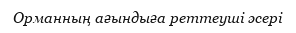
Орманның ағындыға реттеуші әсері